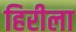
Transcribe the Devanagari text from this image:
हिरीला